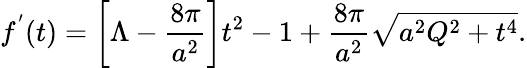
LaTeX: f^{'}(t)=\left[\Lambda-\frac{8\pi}{a^{2}}\right]t^{2}-1+\frac{8\pi}{a^{2}}\sqrt{a^{2}Q^{2}+t^{4}}.